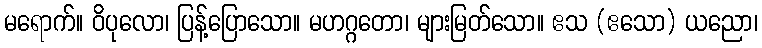
မရောက်။ ဝိပုလော၊ ပြန့်ပြောသော။ မဟဂ္ဂတော၊ များမြတ်သော။ ဧသ (ဧသော) ယညော၊